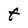
Character: F